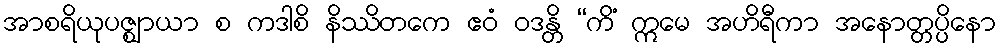
အာစရိယုပဇ္ဈာယာ စ ကဒါစိ နိဿိတကေ ဧဝံ ဝဒန္တိ “ကိံ ဣမေ အဟိရီကာ အနောတ္တပ္ပိနော